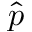
\Hat { p }